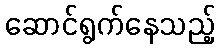
ဆောင်ရွက်နေသည့်